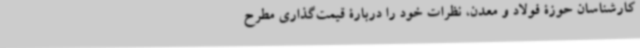
کارشناسان حوزۀ فولاد و معدن، نظرات خود را دربارۀ قیمت‌گذاری مطرح